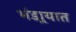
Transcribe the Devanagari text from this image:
भंडार्‍यात